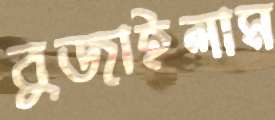
বুজাইলাম